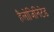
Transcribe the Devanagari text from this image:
हैलोजिनिटेड